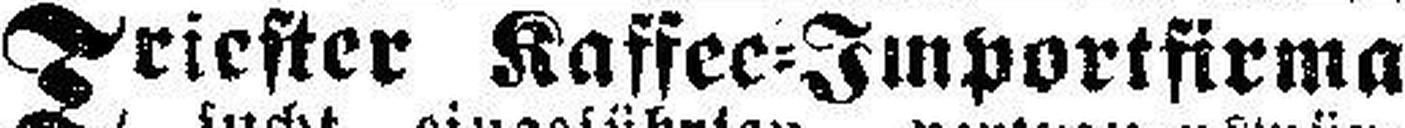
Triester Kaffee=Importfirma